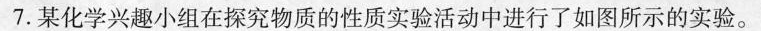
7.某化学兴趣小组在探究物质的性质实验活动中进行了如图所示的实验。